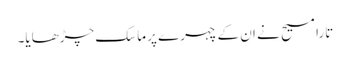
تارا مسیح نے ان کے چہرے پر ماسک چڑھایا۔